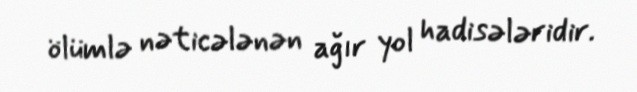
ölümlə nəticələnən ağır yol hadisələridir.